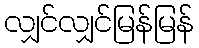
လျှင်လျှင်မြန်မြန်